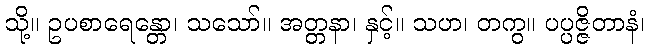
သို့။ ဥပစာရေန္တော၊ သသော်။ အတ္တနာ၊ နှင့်။ သဟ၊ တကွ။ ပပ္ပဇ္ဇိတာနံ၊